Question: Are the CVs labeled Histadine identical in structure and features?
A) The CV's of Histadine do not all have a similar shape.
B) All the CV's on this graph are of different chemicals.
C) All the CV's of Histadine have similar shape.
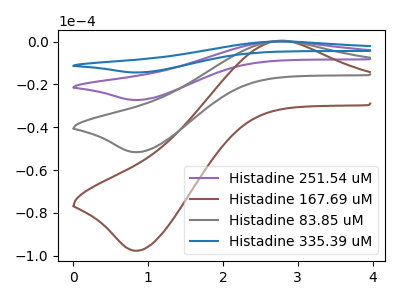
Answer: <think>The purple curve "Histadine 251.54 uM" has an anodic peak at (2.80V, 0.45uA) and a cathodic peak at (0.85V, -103.25uA). The brown curve "Histadine 167.69 uM" has an anodic peak at (2.80V, 0.40uA) and a cathodic peak at (0.85V, -97.65uA). The gray curve "Histadine 83.85 uM" has an anodic peak at (2.80V, 0.20uA) and a cathodic peak at (0.85V, -51.65uA). The blue curve "Histadine 335.39 uM" has an anodic peak at (2.80V, 0.65uA) and a cathodic peak at (0.85V, -154.90uA).
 All the peaks in "Histadine 251.54 uM" have a peak in "Histadine 167.69 uM" at the same potential. Every peak in "Histadine 251.54 uM" is higher than every peak in "Histadine 167.69 uM". All the peaks in "Histadine 251.54 uM" have a peak in "Histadine 83.85 uM" at the same potential. Every peak in "Histadine 251.54 uM" is higher than every peak in "Histadine 83.85 uM". All the peaks in "Histadine 251.54 uM" have a peak in "Histadine 335.39 uM" at the same potential. Every peak in "Histadine 251.54 uM" is lower than every peak in "Histadine 335.39 uM". All the peaks in "Histadine 167.69 uM" have a peak in "Histadine 83.85 uM" at the same potential. Every peak in "Histadine 167.69 uM" is higher than every peak in "Histadine 83.85 uM". All the peaks in "Histadine 167.69 uM" have a peak in "Histadine 335.39 uM" at the same potential. Every peak in "Histadine 167.69 uM" is lower than every peak in "Histadine 335.39 uM". All the peaks in "Histadine 83.85 uM" have a peak in "Histadine 335.39 uM" at the same potential. Every peak in "Histadine 83.85 uM" is lower than every peak in "Histadine 335.39 uM".</think>
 <answer>C) All the CV's of "Histadine" have similar shape.</answer>
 <eval>C</eval>